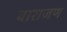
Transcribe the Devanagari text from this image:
बाराजण